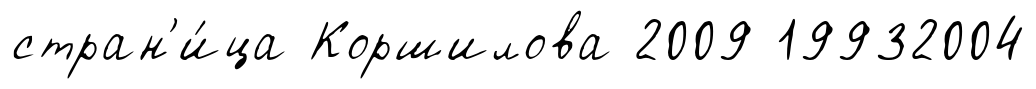
стран'и́ца Коршилова 2009 19932004